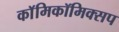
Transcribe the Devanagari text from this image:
काॅमिकॉमिक्सप